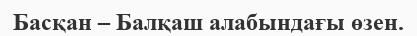
Басқан – Балқаш алабындағы өзен.